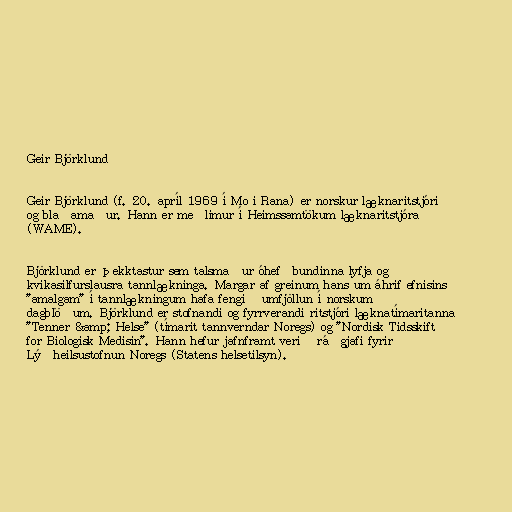
Geir Björklund

Geir Björklund (f. 20. apríl 1969 í Mo i Rana) er norskur læknaritstjóri
og blaðamaður. Hann er meðlimur í Heimssamtökum læknaritstjóra
(WAME).

Björklund er þekktastur sem talsmaður óhefðbundinna lyfja og
kvikasilfurslausra tannlækninga. Margar af greinum hans um áhrif efnisins
"amalgam" í tannlækningum hafa fengið umfjöllun í norskum
dagblöðum. Björklund er stofnandi og fyrrverandi ritstjóri læknatímaritanna
"Tenner &amp; Helse" (tímarit tannverndar Noregs) og "Nordisk Tidsskift
for Biologisk Medisin". Hann hefur jafnframt verið ráðgjafi fyrir
Lýðheilsustofnun Noregs (Statens helsetilsyn).